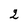
Character: 2